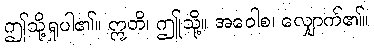
ဤသို့ရှုပါ၏။ ဣတိ၊ ဤုသို့။ အဝေါစ၊ လျှောက်၏။